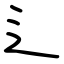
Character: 辶